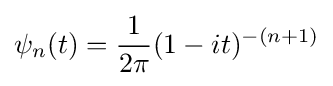
\psi _{n}(t)={\frac {1}{2\pi }}(1-it)^{-(n+1)}